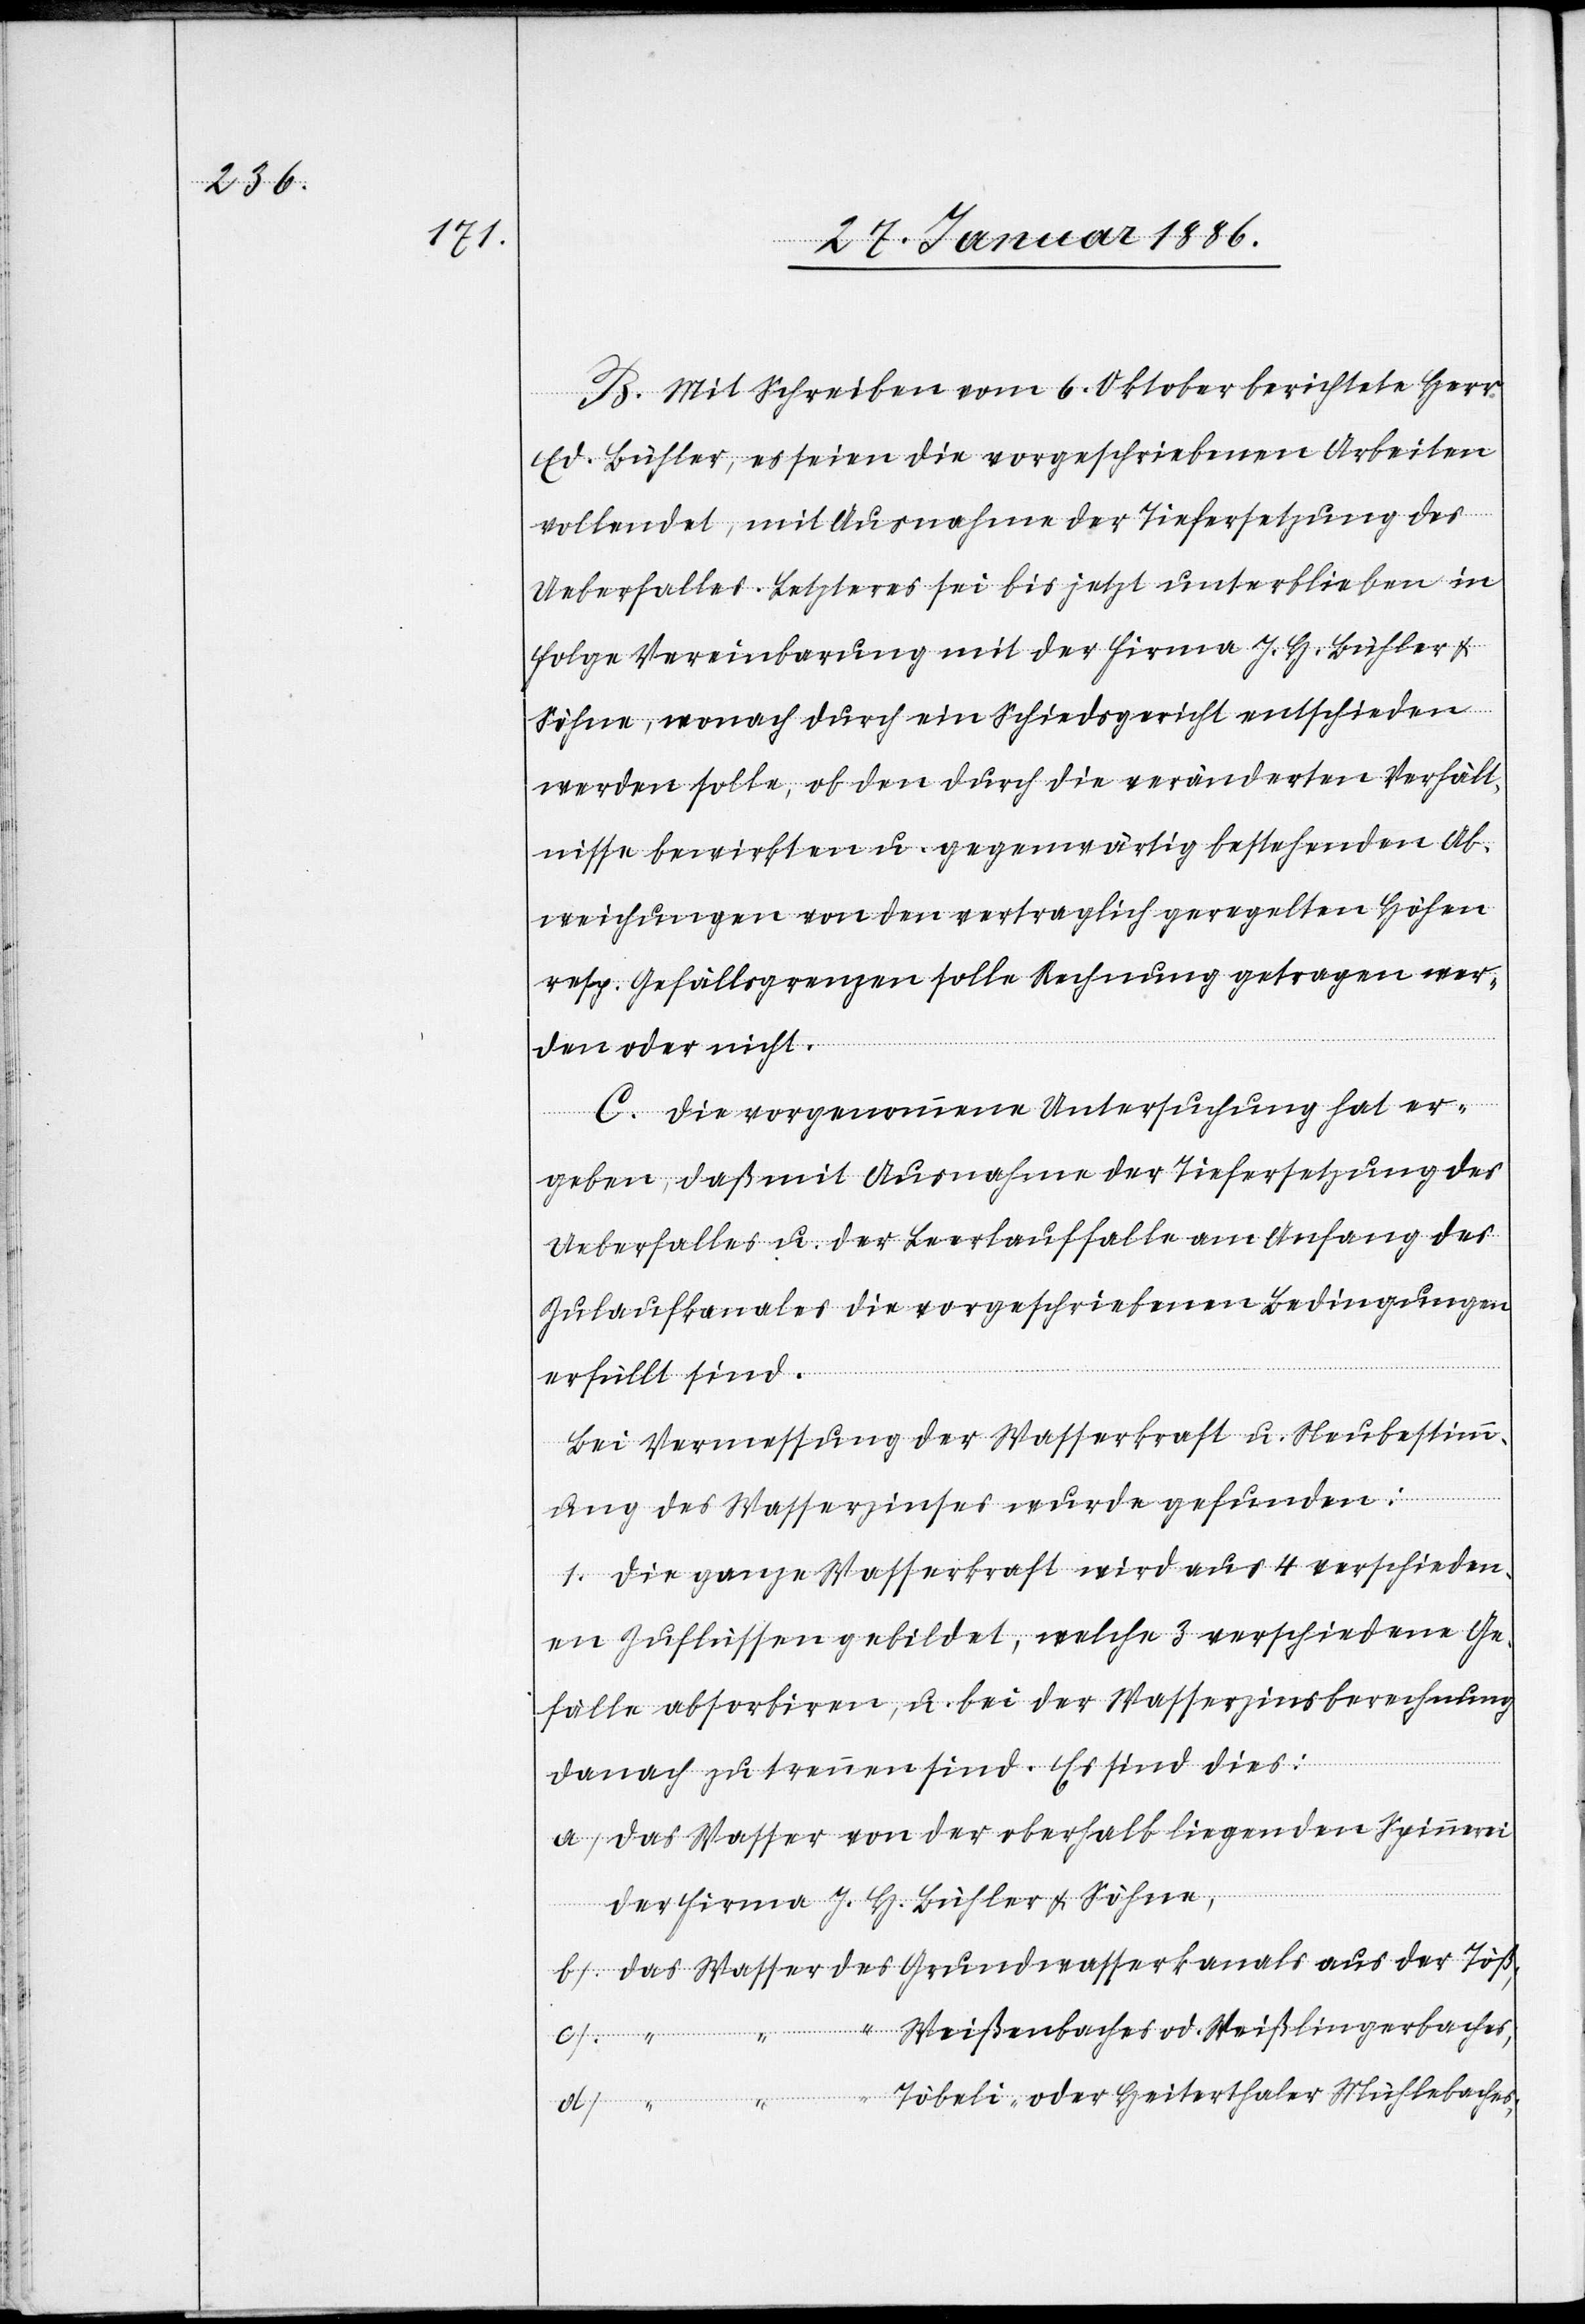
B. Mit Schreiben vom 6. Oktober berichtete Herr
Ed. Bühler, es seien die vorgeschriebenen Arbeiten
vollendet, mit Ausnahme der Tiefersetzung des
Ueberfalles. Letzteres sei bis jetzt unterblieben in
Folge Vereinbarung mit der Firma J. H. Bühler &
Söhne, wonach durch ein Schiedsgericht entschieden
werden solle, ob den durch die veränderten Verhält¬
nisse bewirkten u. gegenwärtig bestehenden Ab¬
weichungen von den vertraglich geregelten Höhen
resp. Gefällsgrenzen solle Rechnung getragen wer¬
den oder nicht.
C. Die vorgenommene Untersuchung hat er¬
geben, daß mit Ausnahme der Tiefersetzung des
Ueberfalles u. der Leerlauffalle am Anfang des
Zulaufkanales die vorgeschriebenen Bedingungen
erfüllt sind.
Bei Vermessung der Wasserkraft u. Neubestim¬
mung des Wasserzinses wurde gefunden:
1. Die ganze Wasserkraft wird aus 4 verschieden¬
en Zuflüssen gebildet, welche 3 verschiedene Ge¬
fälle absorbieren, u. bei der Wasserzinsberechnung
d)
danach zu trennen sind. Es sind dies:
a) Das Wasser von der oberhalb liegenden Spinnerei
der Firma J. H. Bühler & Söhne,
b) Das Wasser des Grundwasserkanals aus der Töß,
“ Weißenbaches od. Weißlingerbaches;
Töbeli- oder Heiterthaler Mühlebaches;